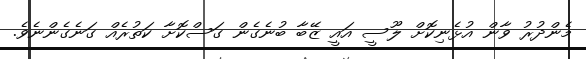
މެންދުރު ވާން އުޅެނިކޮށް ލޫސީ އައީ ޒޭބާ ބުނެގެން ގަސްކޮށާ ކަތުރެއް ގަނެގެންނެވެ.